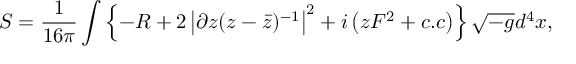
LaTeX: S = \frac { 1 } { 1 6 \pi } \int \left\{ - R + 2 \left| \partial z ( z - { \bar { z } } ) ^ { - 1 } \right| ^ { 2 } + i \left( z { \cal F } ^ { 2 } + c . c \right) \right\} \sqrt { - g } d ^ { 4 } x ,